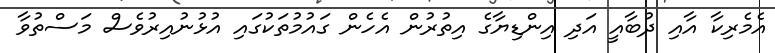
އެމެރިކާ އާއި ދުބާއީ އަދި އިންޑިޔާގެ އިތުރުން އެހެން ގައުމުތަކުގައި އުޅުނުއިިރުވެސް މަސްތުވާ